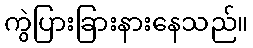
ကွဲပြားခြားနားနေသည်။